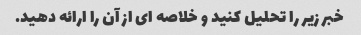
خبر زیر را تحلیل کنید و خلاصه ای از آن را ارائه دهید.